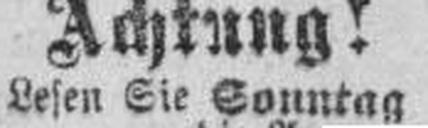
Lesen Sie Sonntag